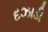
દઝાડી